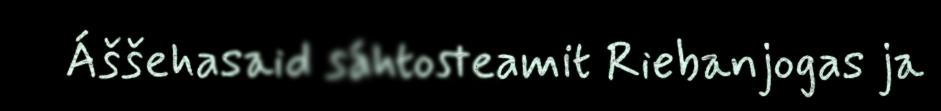
Áššehasaid sáhtosteamit Riebanjogas ja